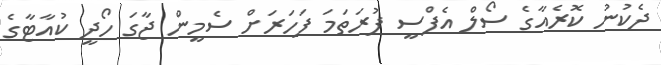
ދެކުނު ކޮރެއާގެ ސޯލް އެފްސީ ފުރަތަމަ ފަހަރަށް ސެމީން ޖާގަ ހޯދީ ކުއާޓާގެ